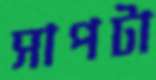
সাপটা